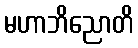
မဟာဘိညောတိ